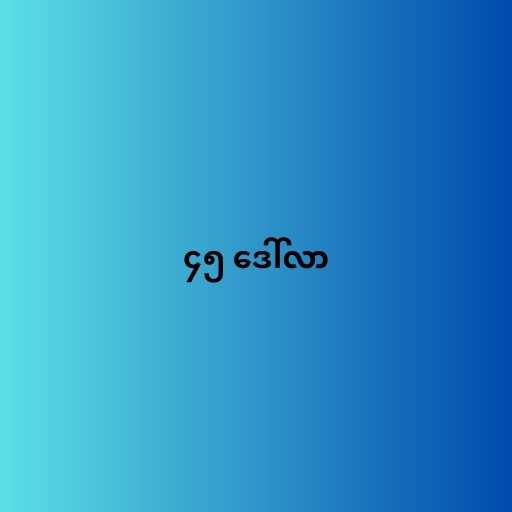
၄၅ ဒေါ်လာ